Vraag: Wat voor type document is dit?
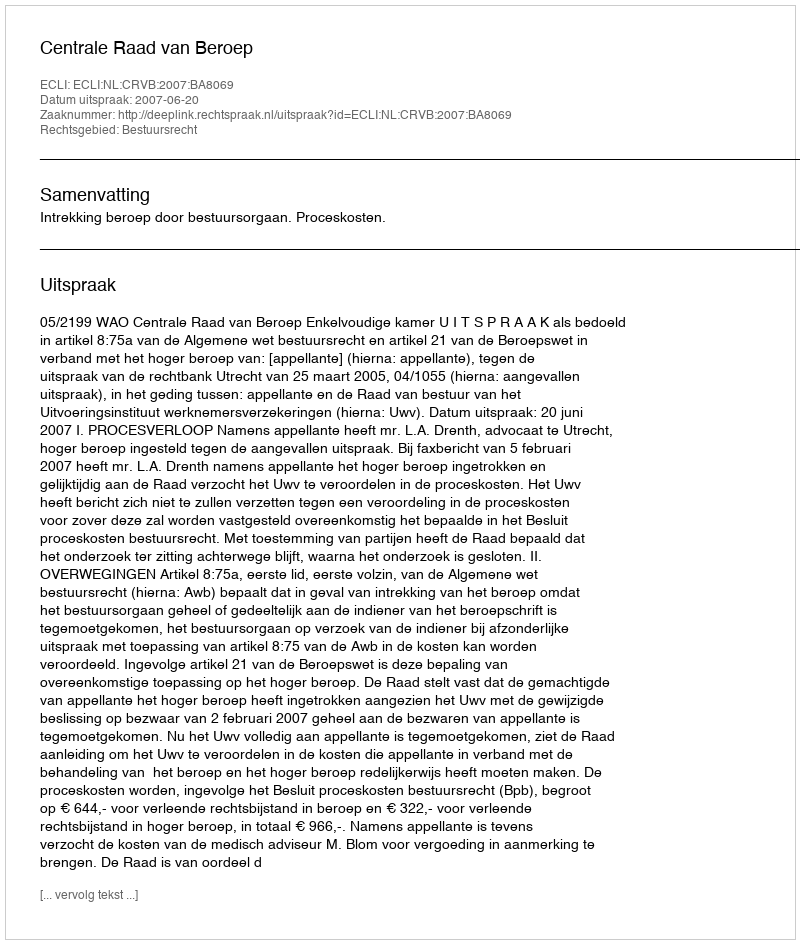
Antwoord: Uitspraak